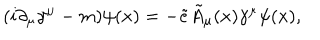
( i \partial _ { \mu } \gamma ^ { \mu } - m ) \psi ( x ) = - { \tilde { e } } { \tilde { A } } _ { \mu } ( x ) \gamma ^ { \mu } \psi ( x ) ,